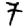
Digit: 7